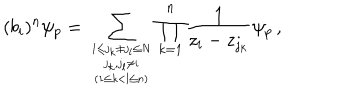
( b _ { i } ) ^ { n } \psi _ { p } = \sum _ { { { 1 \leq j _ { k } \neq j _ { l } \leq N \atop j _ { k } , j _ { l } \neq i } \atop ( 1 \leq k < l \leq n ) } } \prod _ { k = 1 } ^ { n } \frac { 1 } { z _ { i } - z _ { j _ { k } } } \psi _ { p } \, ,